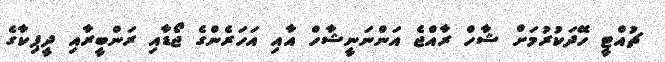
ޗުއްޓީ ހޭދަކުރުމަށް ޝާހް ރާއްޖެ އަންނަނީޝާހް އާއި އަހަރެންގެ ޖޯޑާއި ރަންބީރާއި ދީޕިކާގެ